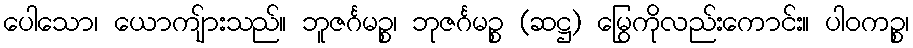
ပေါသော၊ ယောကျ်ားသည်။ ဘူဇင်္ဂမဉ္စ၊ ဘုဇင်္ဂမဉ္စ (ဆဋ္ဌ) မြွေကိုလည်းကောင်း။ ပါဝကဉ္စ၊